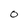
Character: 0